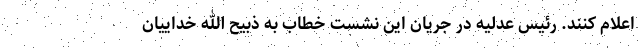
اعلام کنند. رئیس عدلیه در جریان این نشست خطاب به ذبیح الله خداییان